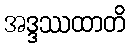
အဒ္ဒဿထာတိ